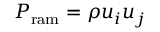
P _ { \mathrm { r a m } } = \rho u _ { i } u _ { j }